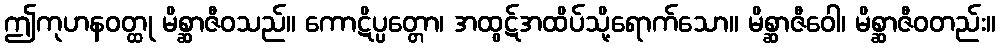
ဤကုဟနဝတ္ထု မိစ္ဆာဇီဝသည်။ ကောဋိပ္ပတ္တော၊ အထွဋ်အထိပ်သို့ရောက်သော။ မိစ္ဆာဇီဝေါ၊ မိစ္ဆာဇီဝတည်း။